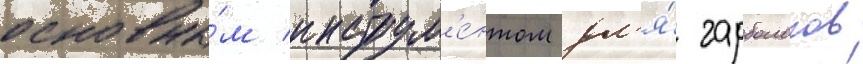
основны́м инструм'е́нтом дл'я́ гарбологов